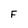
Character: F